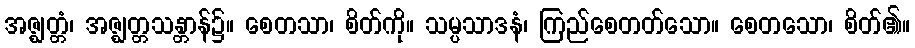
အဇ္ဈတ္တံ၊ အဇ္ဈတ္တသန္တာန်၌။ စေတသာ၊ စိတ်ကို။ သမ္ပသာဒနံ၊ ကြည်စေတတ်သော။ စေတသော၊ စိတ်၏။